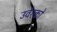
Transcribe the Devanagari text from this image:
उर्वरको